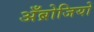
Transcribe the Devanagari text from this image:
अँब्रोजियो